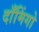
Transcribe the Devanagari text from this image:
दाँमिंगो